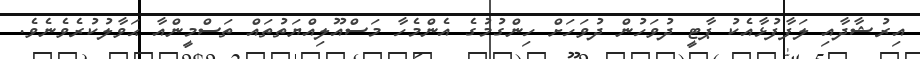
އިރުޝާދާއި ލަފާފުޅާއެކު ޕާޓީ ދުވަހުން ދުވަހަށް ހިންގުމުގެ އެންމެހާ މަސްއޫލިއްޔަތުތައް ތަސްމީންއާ ޙަވާލުކުރެވެނެވެ.